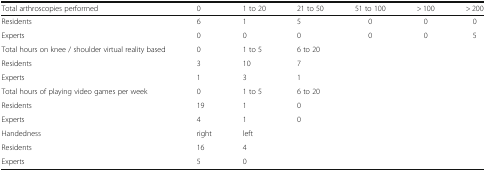
| Total arthroscopies performed | 0 | 1 to 20 | 21 to 50 | 51 to 100 | > 100 | > 200 |
 | --- | --- | --- | --- | --- | --- | --- |
 | Residents | 6 | 1 | 5 | 0 | 0 | 0 |
 | Experts | 0 | 0 | 0 | 0 | 0 | 5 |
 | Total hours on knee / shoulder virtual reality based | 0 | 1 to 5 | 6 to 20 |  |  |  |
 | Residents | 3 | 10 | 7 |  |  |  |
 | Experts | 1 | 3 | 1 |  |  |  |
 | Total hours of playing video games per week | 0 | 1 to 5 | 6 to 20 |  |  |  |
 | Residents | 19 | 1 | 0 |  |  |  |
 | Experts | 4 | 1 | 0 |  |  |  |
 | Handedness | right | left |  |  |  |  |
 | Residents | 16 | 4 |  |  |  |  |
 | Experts | 5 | 0 |  |  |  |  |